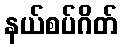
နယ်စပ်ဂိတ်